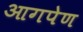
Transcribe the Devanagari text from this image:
आगपेण